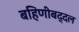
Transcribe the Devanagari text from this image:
बहिणीबद्दल